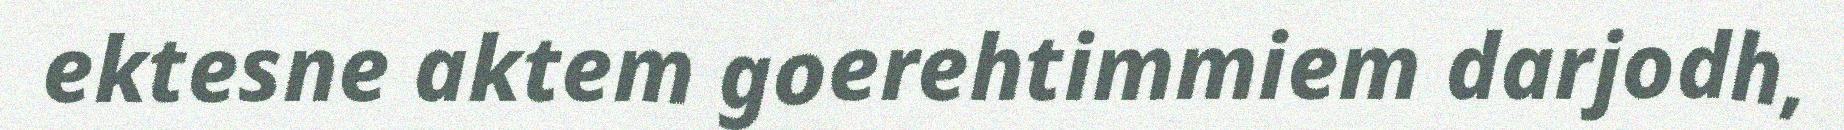
ektesne aktem goerehtimmiem darjodh,